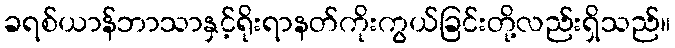
ခရစ်ယာန်ဘာသာနှင့်ရိုးရာနတ်ကိုးကွယ်ခြင်းတို့လည်းရှိသည်။